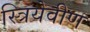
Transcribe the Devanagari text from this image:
स्त्रियेवीण